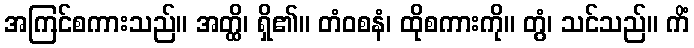
အကြင်စကားသည်။ အတ္ထိ၊ ရှိ၏။ တံဝစနံ၊ ထိုစကားကို။ တွံ၊ သင်သည်။ ကိံ